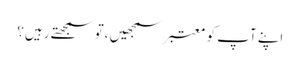
اپنے آپ کو معتبر سمجھیں ،تو سمجھتے رہیں؟